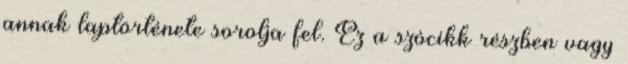
annak laptörténete sorolja fel. Ez a szócikk részben vagy